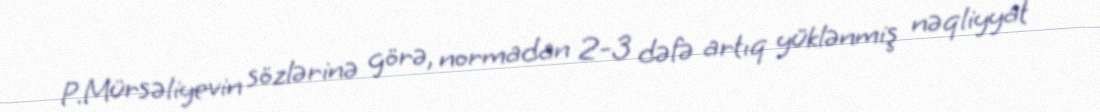
P.Mürsəliyevin sözlərinə görə, normadan 2-3 dəfə artıq yüklənmiş nəqliyyat